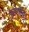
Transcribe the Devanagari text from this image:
पुसेगांव